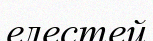
елестей